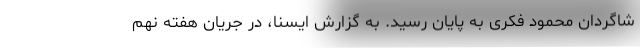
شاگردان محمود فکری به پایان رسید. به گزارش ایسنا، در جریان هفته نهم